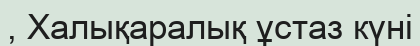
, Халықаралық ұстаз күні